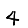
Digit: 4